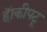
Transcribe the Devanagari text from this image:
हॅाकीपटू